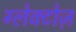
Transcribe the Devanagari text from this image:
ग्लेक्टोज़